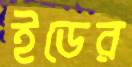
ইডের